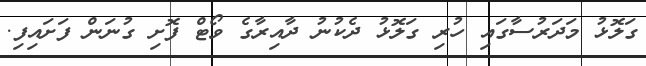
ގަލޮޅު މަދަރުސާގައި ހުރި ގަލޮޅު ދެކުނު ދާއިރާގެ ވޯޓް ފޮށި ގުނަން ފަށައިފި.